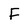
Character: F